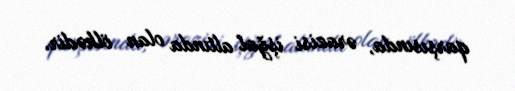
qarşısında, ərazisi işğal altında olan ölkədir.